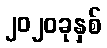
၂၀၂၀ခုနှစ်